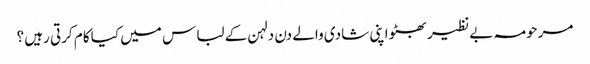
مرحومہ بے نظیر بھٹو اپنی شادی والے دن دلہن کے لباس میں کیا کام کرتی رہیں ؟